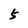
Character: 5